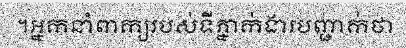
។អ្នកនាំពាក្យរបស់ទីភ្នាក់ងារបញ្ជាក់ថា